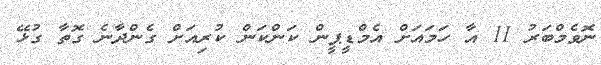
ނޮވެމްބަރު 11 އާ ހަމައަށް އެމްޑީޕީން ކަންކަން ކުރިއަށް ގެންދާނެ ގޮތާ ގުޅޭ